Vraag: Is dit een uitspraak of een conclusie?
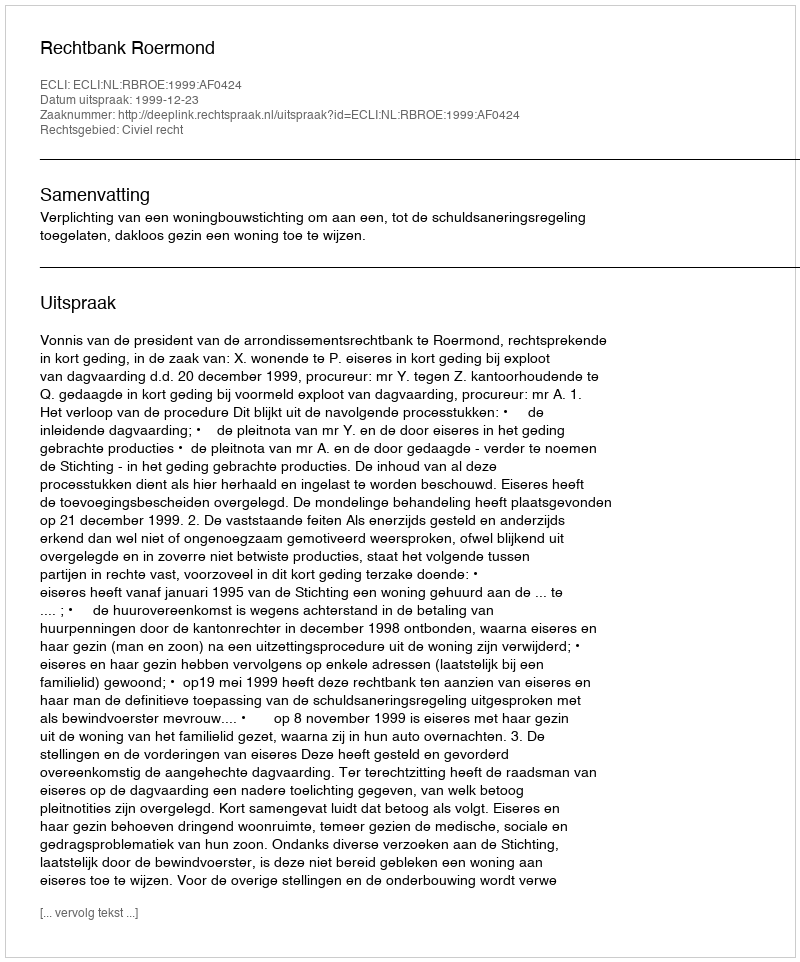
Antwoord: Uitspraak